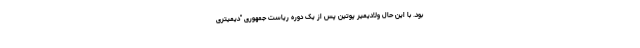
بود. با این حال ولادیمیر پوتین پس از یک دوره ریاست جمهوری "دیمیتری